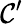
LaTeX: \mathcal{C}^{\prime}